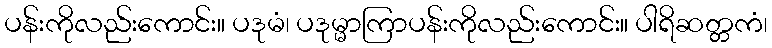
ပန်းကိုလည်းကောင်း။ ပဒုမံ၊ ပဒုမ္မာကြာပန်းကိုလည်းကောင်း။ ပါရိဆတ္တကံ၊